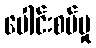
ပေါင်းစပ်မှု